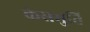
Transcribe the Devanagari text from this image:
केसमुति